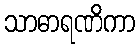
သာဓာရဏိကာ